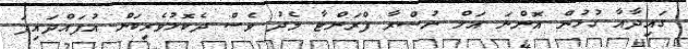
ގައިދާއާ ގުޅުން އޮންނަ އަލް ނުސްރާ ފްރަންޓާ މެދު ވެސް ދެކޮޅުވެރިކަން އުފައްދައިފަ